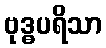
ဗုဒ္ဓပရိသာ